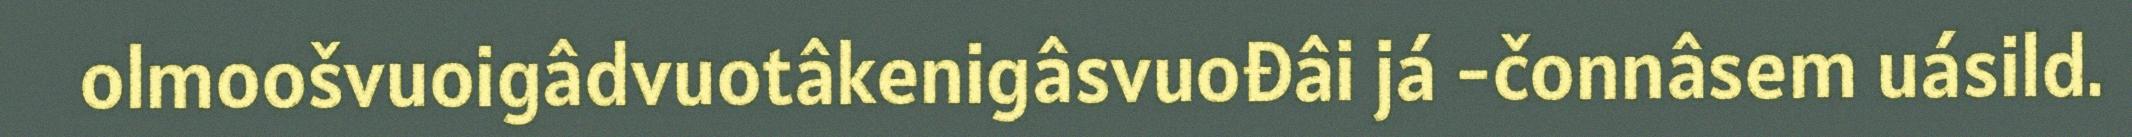
olmoošvuoigâdvuotâkenigâsvuođâi já -čonnâsem uásild.